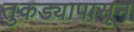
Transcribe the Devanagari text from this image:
तुकड्यापासून